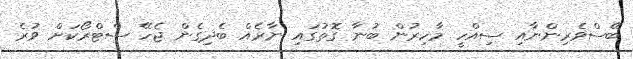
ބޭސްވެރިންނާއި ސިއްހީ މާހިރުން ބުނާ ގޮތުގައި ނާރެއް ބެދިގެން ޖެހޭ ސްޓްރޯކަށް ވުރެ